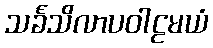
သင်္ခသိလာပဝါဠမယံ